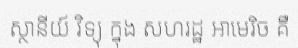
ស្ថានីយ៍ វិទ្យុ ក្នុង សហរដ្ឋ អាមេរិច គឺ